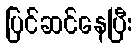
ပြင်ဆင်နေပြီး